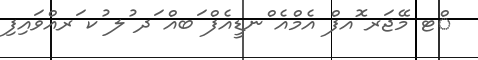
ްޓ މޭޖަރ ޮއފް އެމްއެ ްނޑީއެފް ަބއް ަދ ުލ ުކ ަރއްވައިފި